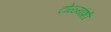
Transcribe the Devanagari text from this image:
टोळ्यांशी